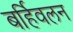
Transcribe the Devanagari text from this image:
बर्हिवलन